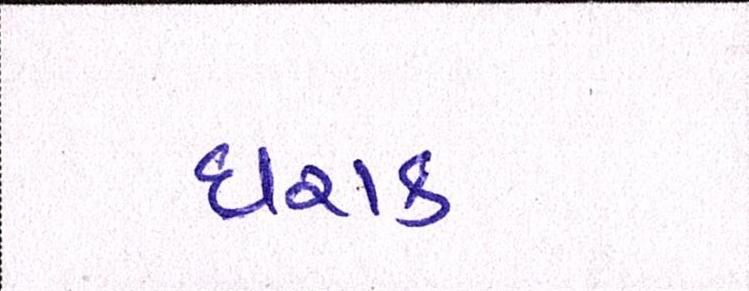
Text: ઘરાક